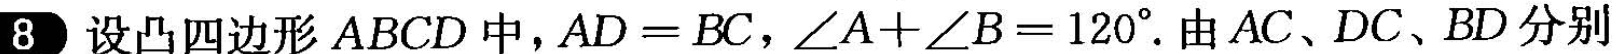
8 设凸四边形ABCD中，$$A D = B C$$，$$∠ A + ∠ B = 1 2 0 °$$。由AC、DC、BD分别